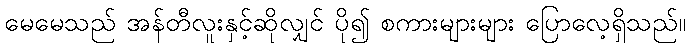
မေမေသည် အန်တီလူးနှင့်ဆိုလျှင် ပို၍ စကားများများ ပြောလေ့ရှိသည်။